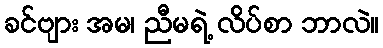
ခင်ဗျား အမ၊ ညီမရဲ့ လိပ်စာ ဘာလဲ။